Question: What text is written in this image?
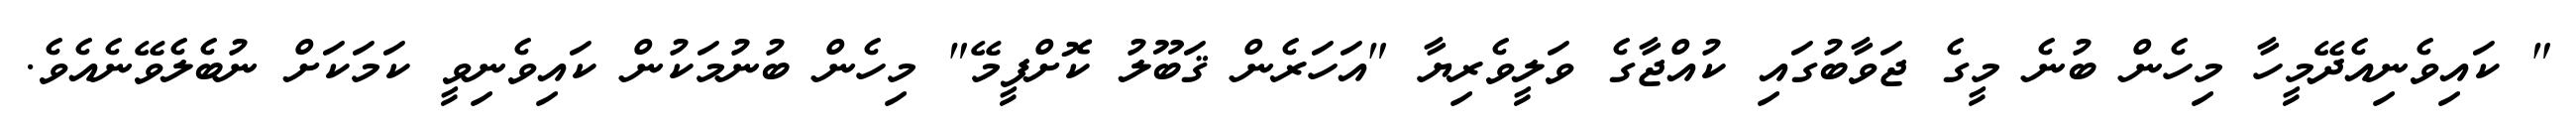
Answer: " ކައިވެނިއެދޭމީހާ މިހެން ބުނެ މީގެ ޖަވާބުގައި ކުއްޖާގެ ވަލީވެރިޔާ "އަހަރެން ޤަބޫލު ކޮށްފީމޭ" މިހެން ބުނުމަކުން ކައިވެނިވީ ކަމަކަށް ނުބެލެވޭނެއެވެ.